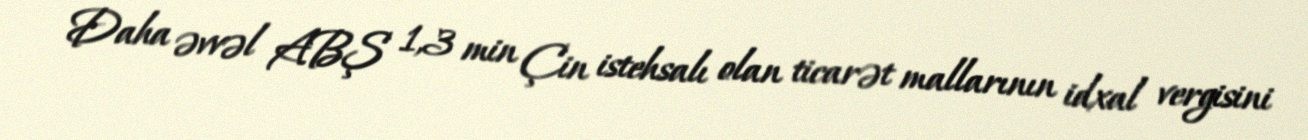
Daha əvvəl ABŞ 1,3 min Çin istehsalı olan ticarət mallarının idxal vergisini